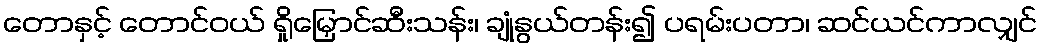
တောနှင့် တောင်ဝယ် ရှိုမြှောင်ဆီးသန်း၊ ချုံနွယ်တန်း၍ ပရမ်းပတာ၊ ဆင်ယင်ကာလျှင်